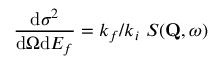
\frac { \mathrm { d } \sigma ^ { 2 } } { \mathrm { d } \Omega \mathrm { d } E _ { f } } = k _ { f } / k _ { i } \ S ( \mathbf { Q } , \omega )